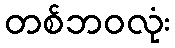
တစ်ဘဝလုံး